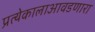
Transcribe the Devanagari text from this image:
प्रत्येकालाआवडणारा